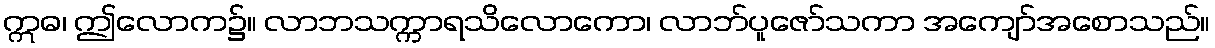
ဣဓ၊ ဤလောက၌။ လာဘသက္ကာရသိလောကော၊ လာဘ်ပူဇော်သကာ အကျော်အစောသည်။